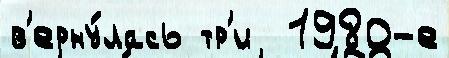
в'ерну́лась тр'и  1980-е